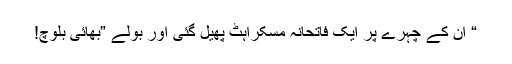
“ ان کے چہرے پر ایک فاتحانہ مسکراہٹ پھیل گئی اور بولے ”بھائی بلوچ!